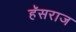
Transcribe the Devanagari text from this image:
हॅसराज